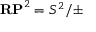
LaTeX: \mathbf { R P } ^ { 2 } = S ^ { 2 } / \pm